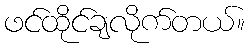
ဖင်ထိုင်ချလိုက်တယ်။